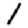
Digit: 1